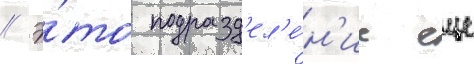
// Э́то подразд'ел'е́н'ие еще